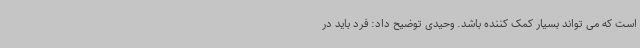
است که می تواند بسیار کمک کننده باشد. وحیدی توضیح داد: فرد باید در